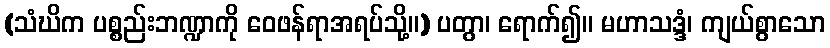
(သံဃိက ပစ္စည်းဘဏ္ဍာကို ဝေဖန်ရာအရပ်သို့။) ပတွာ၊ ရောက်၍။ မဟာသဒ္ဒံ၊ ကျယ်စွာသော